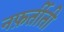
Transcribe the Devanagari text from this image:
नफ़र्तीती